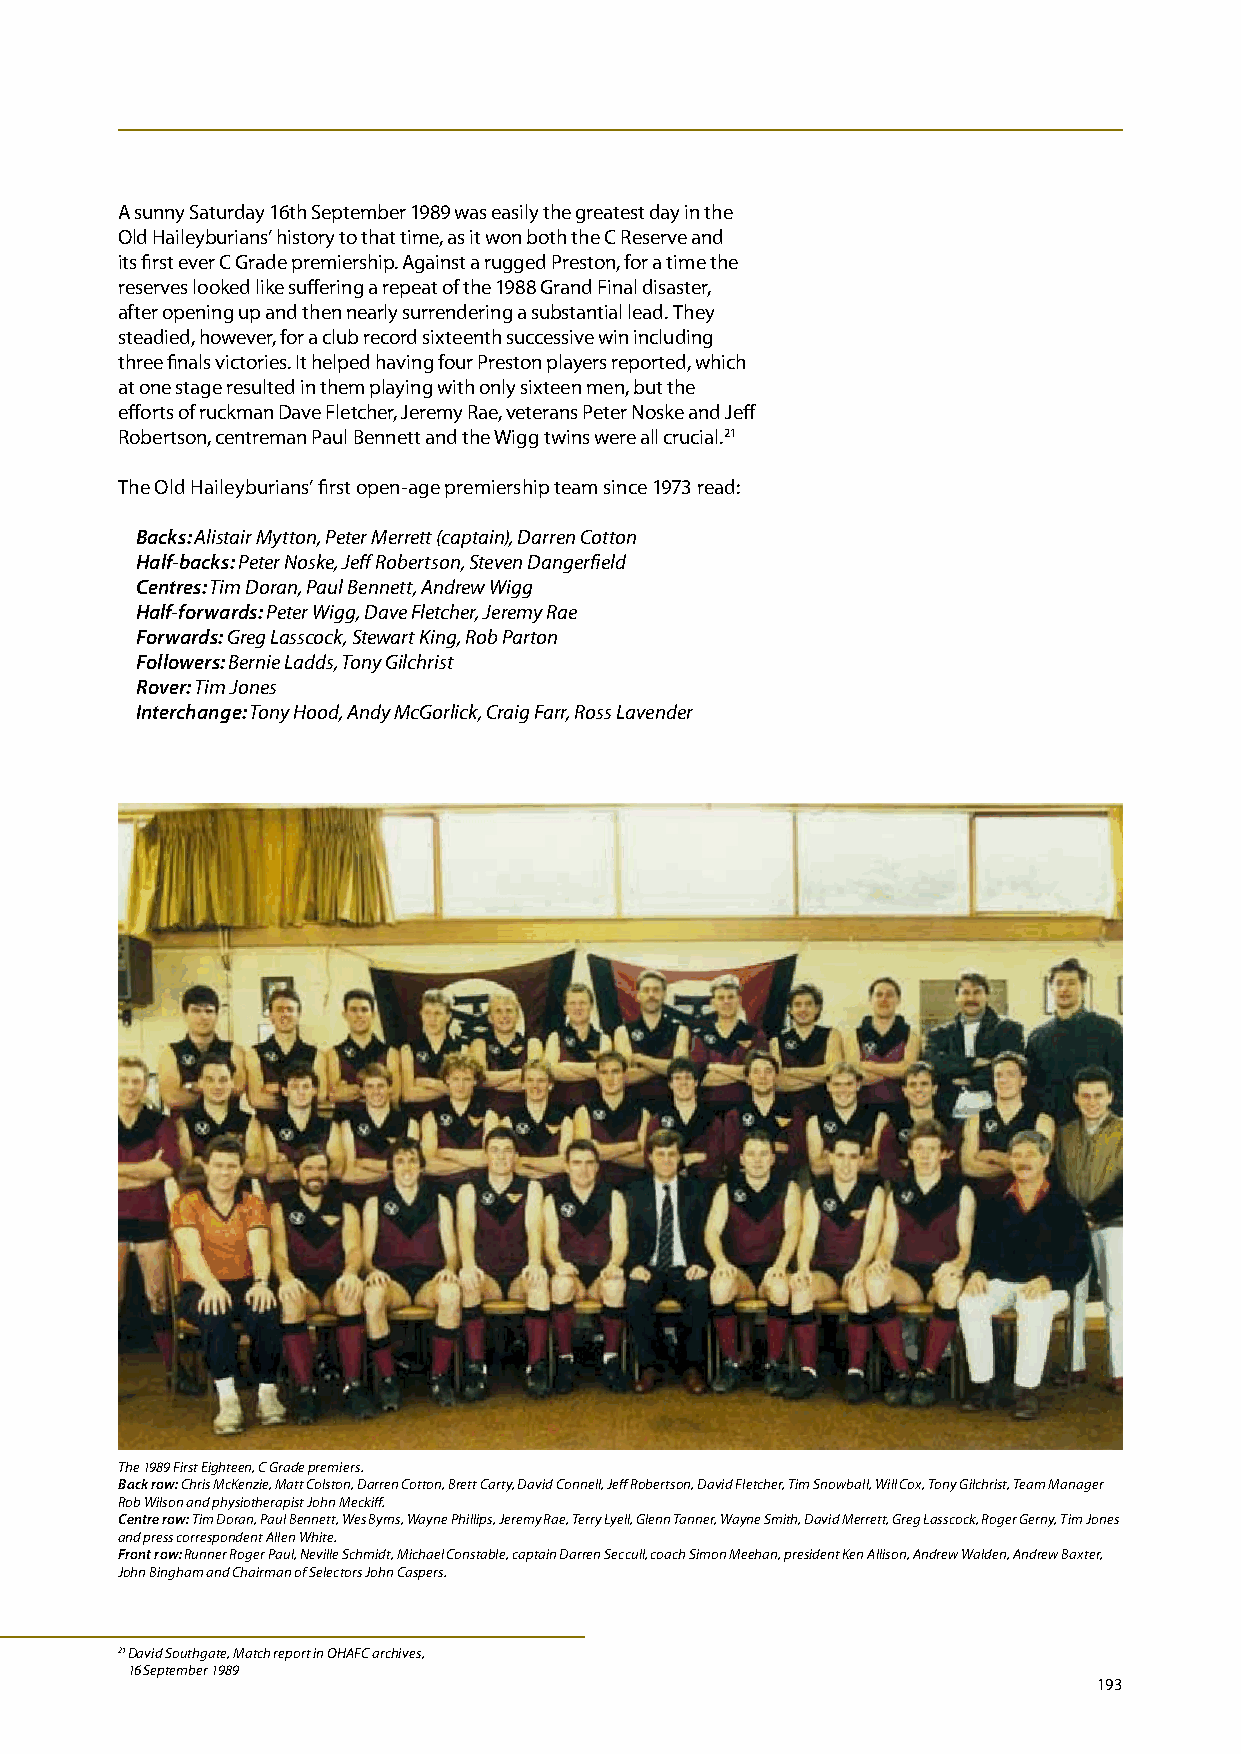
A sunny Saturday 16th September 1989 was easily the greatest day in the
 Old Haileyburians’ history to that time, as it won both the C Reserve and
 its first ever C Grade premiership. Against a rugged Preston, for a time the
 reserves looked like suffering a repeat of the 1988 Grand Final disaster,
 after opening up and then nearly surrendering a substantial lead. They
 steadied, however, for a club record sixteenth successive win including
 three finals victories. It helped having four Preston players reported, which
 at one stage resulted in them playing with only sixteen men, but the
 efforts of ruckman Dave Fletcher, Jeremy Rae, veterans Peter Noske and Jeff
 Robertson, centreman Paul Bennett and the Wigg twins were all crucial.21
 The Old Haileyburians’ first open-age premiership team since 1973 read:
 Backs: Alistair Mytton, Peter Merrett (captain), Darren Cotton
 Half-backs: Peter Noske, Jeff Robertson, Steven Dangerfield
 Centres: Tim Doran, Paul Bennett, Andrew Wigg
 Half-forwards: Peter Wigg, Dave Fletcher, Jeremy Rae
 Forwards: Greg Lasscock, Stewart King, Rob Parton
 Followers: Bernie Ladds, Tony Gilchrist
 Rover: Tim Jones
 Interchange: Tony Hood, Andy McGorlick, Craig Farr, Ross Lavender
 The 1989 First Eighteen, C Grade premiers.
 Back row: Chris McKenzie, Matt Colston, Darren Cotton, Brett Carty, David Connell, Jeff Robertson, David Fletcher, Tim Snowball, Will Cox, Tony Gilchrist, Team Manager
 Rob Wilson and physiotherapist John Meckiff.
 Centre row: Tim Doran, Paul Bennett, Wes Byrns, Wayne Phillips, Jeremy Rae, Terry Lyell, Glenn Tanner, Wayne Smith, David Merrett, Greg Lasscock, Roger Gerny, Tim Jones
 and press correspondent Allen White.
 Front row: Runner Roger Paul, Neville Schmidt, Michael Constable, captain Darren Seccull, coach Simon Meehan, president Ken Allison, Andrew Walden, Andrew Baxter,
 John Bingham and Chairman of Selectors John Caspers.
 21 D avid Southgate, Match report in OHAFC archives,
 16 September 1989
 193